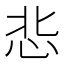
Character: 𢘠